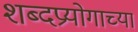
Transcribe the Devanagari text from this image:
शब्दप्रयोगाच्या